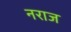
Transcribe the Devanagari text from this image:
नराज